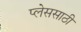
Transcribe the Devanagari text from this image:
प्लेससाठी